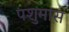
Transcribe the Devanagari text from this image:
पशुमांस